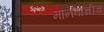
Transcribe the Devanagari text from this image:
मानवाचीच